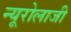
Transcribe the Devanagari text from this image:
न्यूरोलाजी